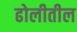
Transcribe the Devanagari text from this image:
ढोलीतील